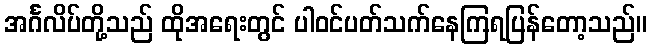
အင်္ဂလိပ်တို့သည် ထိုအရေးတွင် ပါဝင်ပတ်သက်နေကြရပြန်တော့သည်။